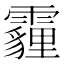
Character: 霾